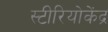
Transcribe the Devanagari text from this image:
स्टीरियोकेंद्र